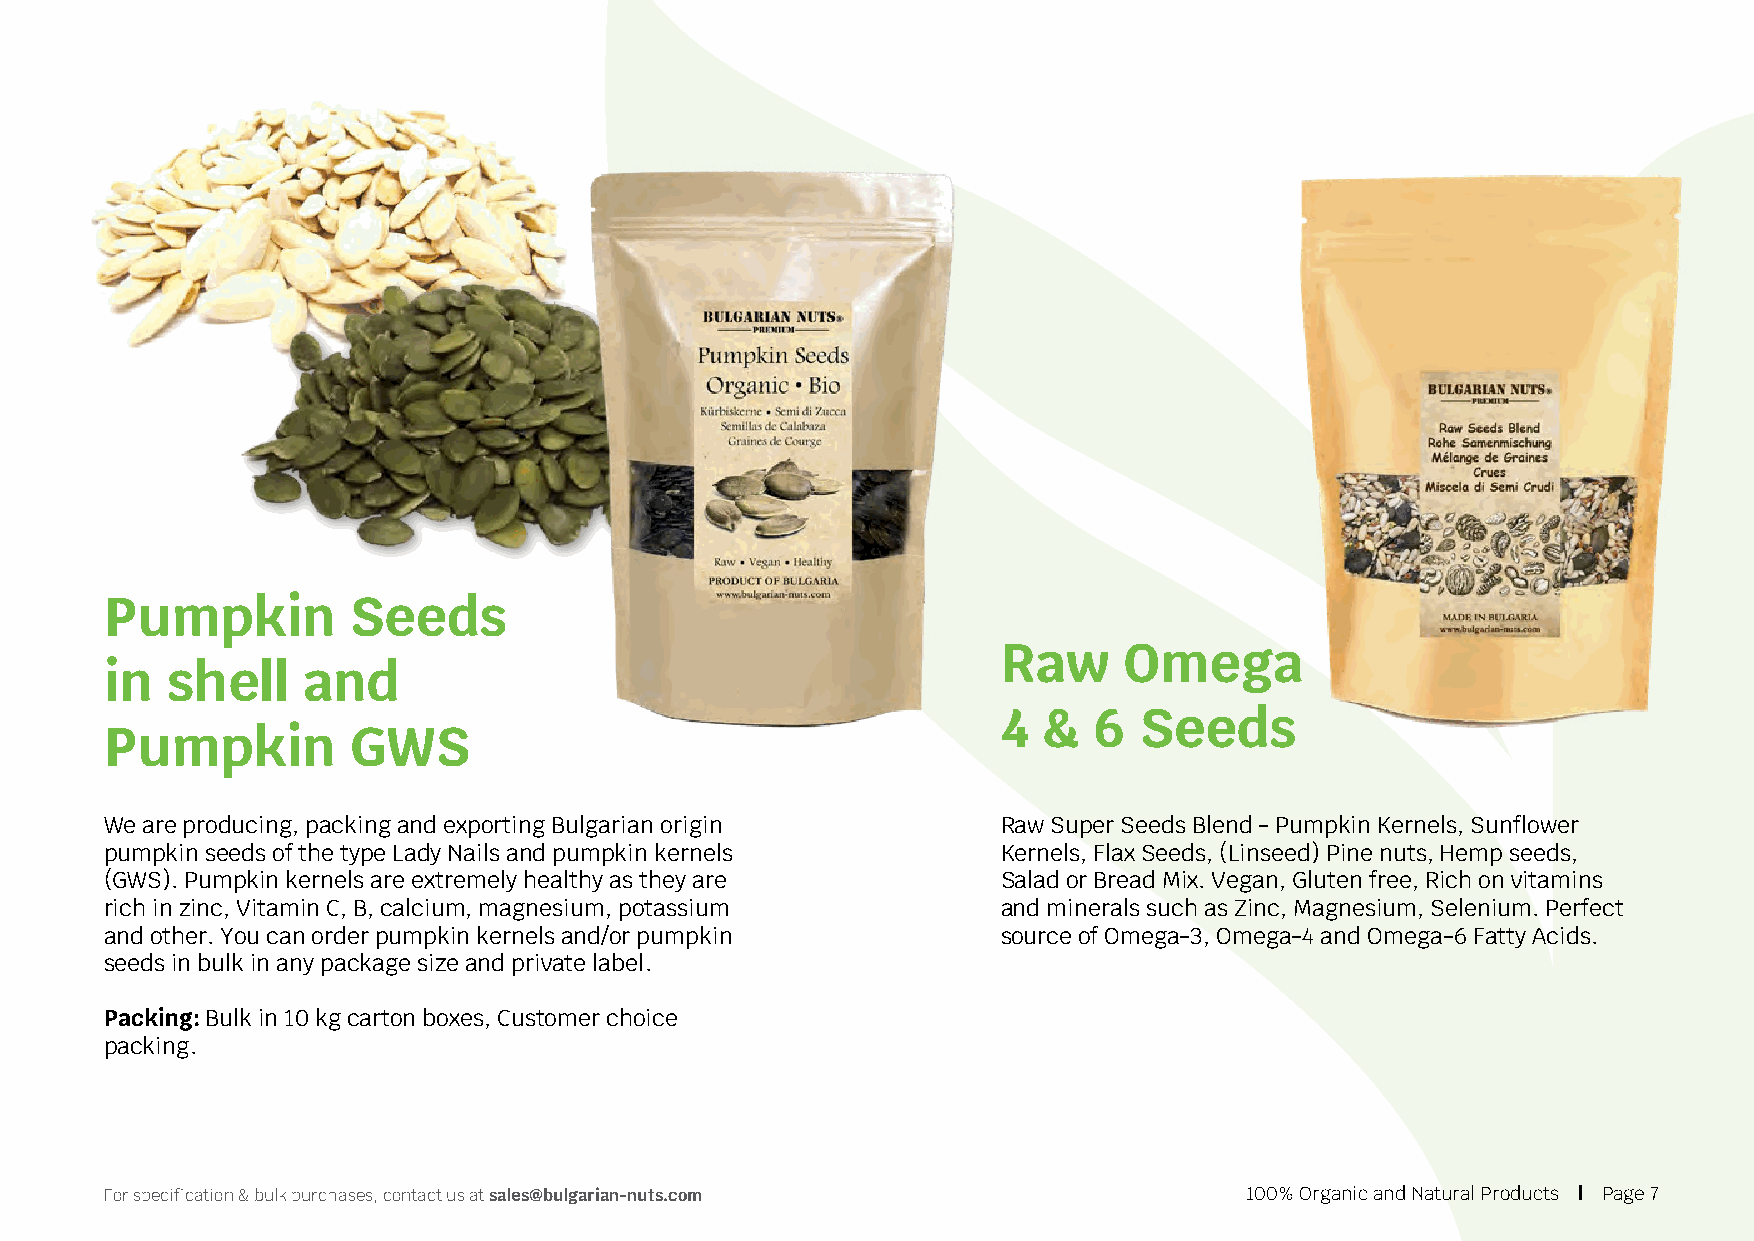
Pumpkin         Seeds
 Raw     Omega
 in  shell    and
 4  &  6  Seeds
 Pumpkin         GWS
 We are producing, packing and exporting Bulgarian origin   Raw Super Seeds Blend - Pumpkin Kernels, Sunflower
 pumpkin seeds of the type Lady Nails and pumpkin kernels   Kernels, Flax Seeds, (Linseed) Pine nuts, Hemp seeds,
 (GWS). Pumpkin kernels are extremely healthy as they are   Salad or Bread Mix. Vegan, Gluten free, Rich on vitamins
 rich in zinc, Vitamin C, B, calcium, magnesium, potassium  and minerals such as Zinc, Magnesium, Selenium. Perfect
 and other. You can order pumpkin kernels and/or pumpkin    source of Omega-3, Omega-4 and Omega-6 Fatty Acids.
 seeds in bulk in any package size and private label.
 Packing: Bulk in 10 kg carton boxes, Customer choice
 packing.
 For specification & bulk purchases, contact us at sales@bulgarian-nuts.com  100% Organic and Natural Products | Page 7